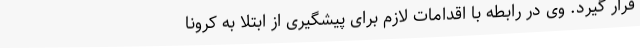
قرار گیرد. وی در رابطه با اقدامات لازم برای پیشگیری از ابتلا به کرونا